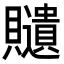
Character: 𧸽